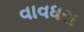
વાવધરા